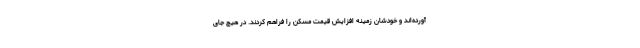
آورده‌اند و خودشان زمینه افزایش قیمت مسکن را فراهم کردند. در هیچ جای